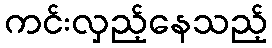
ကင်းလှည့်နေသည့်